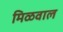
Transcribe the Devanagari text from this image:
मिळवाल